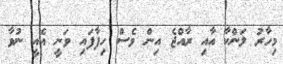
މިހާރު ލަންކާ އާއި ރާއްޖެ އިން ވެސް ހިފާފައި ވަނީ އެއީ ނުވާ